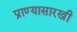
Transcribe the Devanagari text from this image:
प्राण्यासारखी